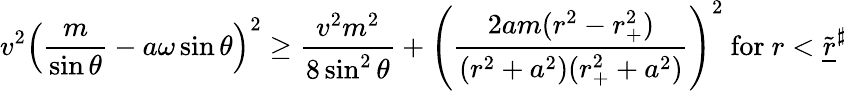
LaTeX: v^{2}\left(\frac{m}{\sin\theta}-a\omega\sin\theta\right)^{2}\geq\frac{v^{2}m^{2}}{8\sin^{2}\theta}+\left(\frac{2am(r^{2}-r_{+}^{2})}{(r^{2}+a^{2})(r_{+}^{2}+a^{2})}\right)^{2}\mathrm{~for~}r<\widetilde{\underline{{r}}}^{\sharp}